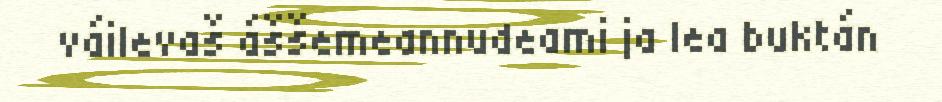
váilevaš áššemeannudeami ja lea buktán